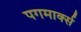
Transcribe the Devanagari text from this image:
पगमार्क्स